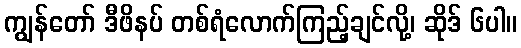
ကျွန်တော် ဒီဖိနပ် တစ်ရံလောက်ကြည့်ချင်လို့၊ ဆိုဒ် ၆ပါ။